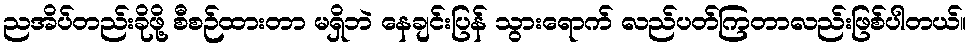
ညအိပ်တည်းခိုဖို့ စီစဉ်ထားတာ မရှိဘဲ နေချင်းပြန် သွားရောက် လည်ပတ်ကြတာလည်းဖြစ်ပါတယ်။